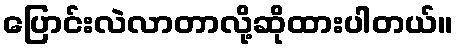
ပြောင်းလဲလာတာလို့ဆိုထားပါတယ်။